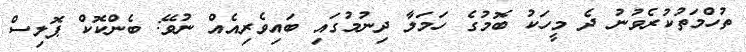
ތުހްމަތުކުރެވުނު ދެ މީހަކު ބޮމުގެ ހަމަލާ ދިނުމުގައި ބައިވެރިއެއް ނުވޭ: ބެންކޮކް ޕޮލިސް